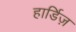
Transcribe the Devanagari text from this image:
हार्डिज़